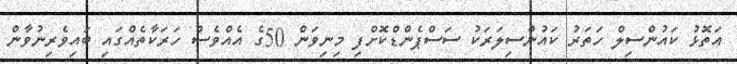
އަތޮޅު ކައުންސިލް ހަތަރު ކައުންސިލަރަކު ސަސްޕެންޑްކޮށްފި މިނިވަން 50ގެ އެއްވެސް ހަރަކާތެއްގައި ބައިވެރިނުވާން